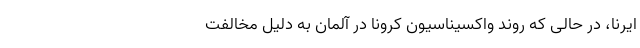
ایرنا، در حالی که روند واکسیناسیون کرونا در آلمان به دلیل مخالفت